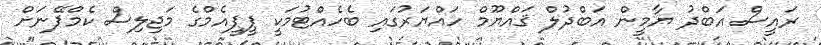
ރައީސް އަބްދު ޔާމީން އަބްދުލް ޤައްޔޫމް ހައްޔަރުގައި ބެހެއްޓުމަކީ ޕީޕީއެމްގެ މަޖިލިސް ކެމްޕޭނަށް